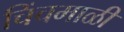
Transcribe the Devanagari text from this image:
चिंचमाळी